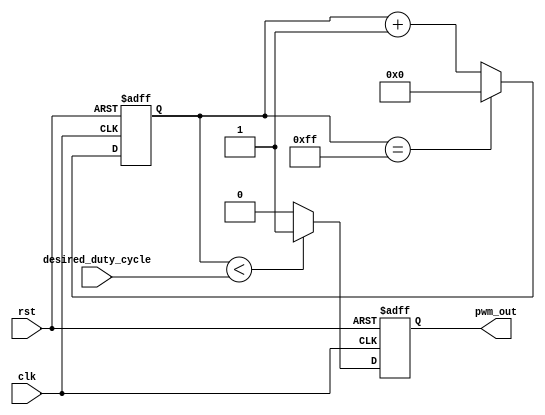
module pwm_generator(
    input wire clk,
    input wire rst,
    input wire [7:0] desired_duty_cycle,
    output reg pwm_out
);

reg [7:0] counter;

always @(posedge clk or posedge rst) begin
    if (rst) begin
        counter <= 8'd0;
        pwm_out <= 1'b0;
    end else begin
        if (counter == 8'd255) begin
            counter <= 8'd0;
        end else begin
            counter <= counter + 8'd1;
        end
        if (counter < desired_duty_cycle) begin
            pwm_out <= 1'b1;
        end else begin
            pwm_out <= 1'b0;
        end
    end
end

endmodule